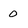
Character: 0